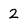
Character: 2